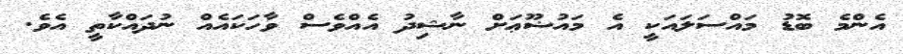
އެންމެ ބޮޑު މައްސަލައަކީ އެ މައުޟޫޢަށް ނާޝިދު އެއްވެސް ވާހަކައެއް ނުދައްކާތީ އެވެ.